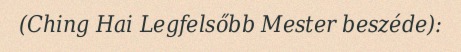
(Ching Hai Legfelsőbb Mester beszéde):